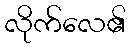
လိုက်လေ၏